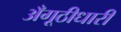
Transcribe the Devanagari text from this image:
अँगूठीधारी